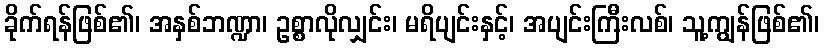
ခိုက်ရန်ဖြစ်၏၊ အနှစ်ဘဏ္ဍာ၊ ဥစ္စာလိုလျှင်း၊ မရိပျင်းနှင့်၊ အပျင်းကြီးလစ်၊ သူ့ကျွန်ဖြစ်၏၊